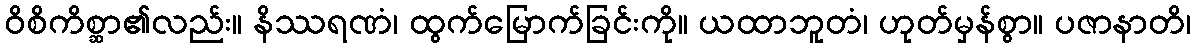
ဝိစိကိစ္ဆာ၏လည်း။ နိဿရဏံ၊ ထွက်မြောက်ခြင်းကို။ ယထာဘူတံ၊ ဟုတ်မှန်စွာ။ ပဇာနာတိ၊